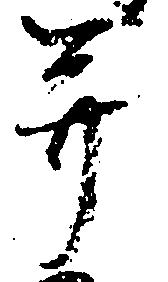
并